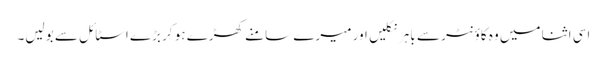
اسی اثنا میں وہ کاؤنٹر سے باہر نکلیں اور میرے سامنے کھڑے ہو کر بڑے اسٹائل سے بولیں۔